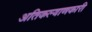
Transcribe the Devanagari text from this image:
अतिकल्याणकारी